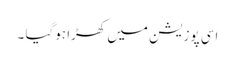
اسی پوزیشن میں کھڑا ہوگیا ۔